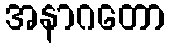
အနာဂတော